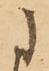
に